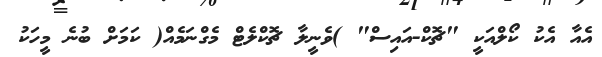
އެއާ އެކު ކޯލްއަކީ "ޗޮކް-އައިސް" )ވެނީލާ ޗޮކްލެޓް މެގްނަމެއް( ކަމަށް ބުނެ މީހަކު